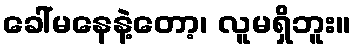
ခေါ်မနေနဲ့တော့၊ လူမရှိဘူး။